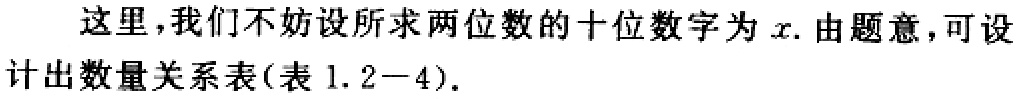
这里,我们不妨设所求两位数的十位数字为\(x\). 由题意,可设计出数量关系表(表 \(1.2 - 4\)).